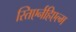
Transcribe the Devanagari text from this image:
स्तिएर्नहिएल्म